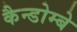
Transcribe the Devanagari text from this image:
कैन्डोम्बे